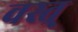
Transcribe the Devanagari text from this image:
वस्त्र्